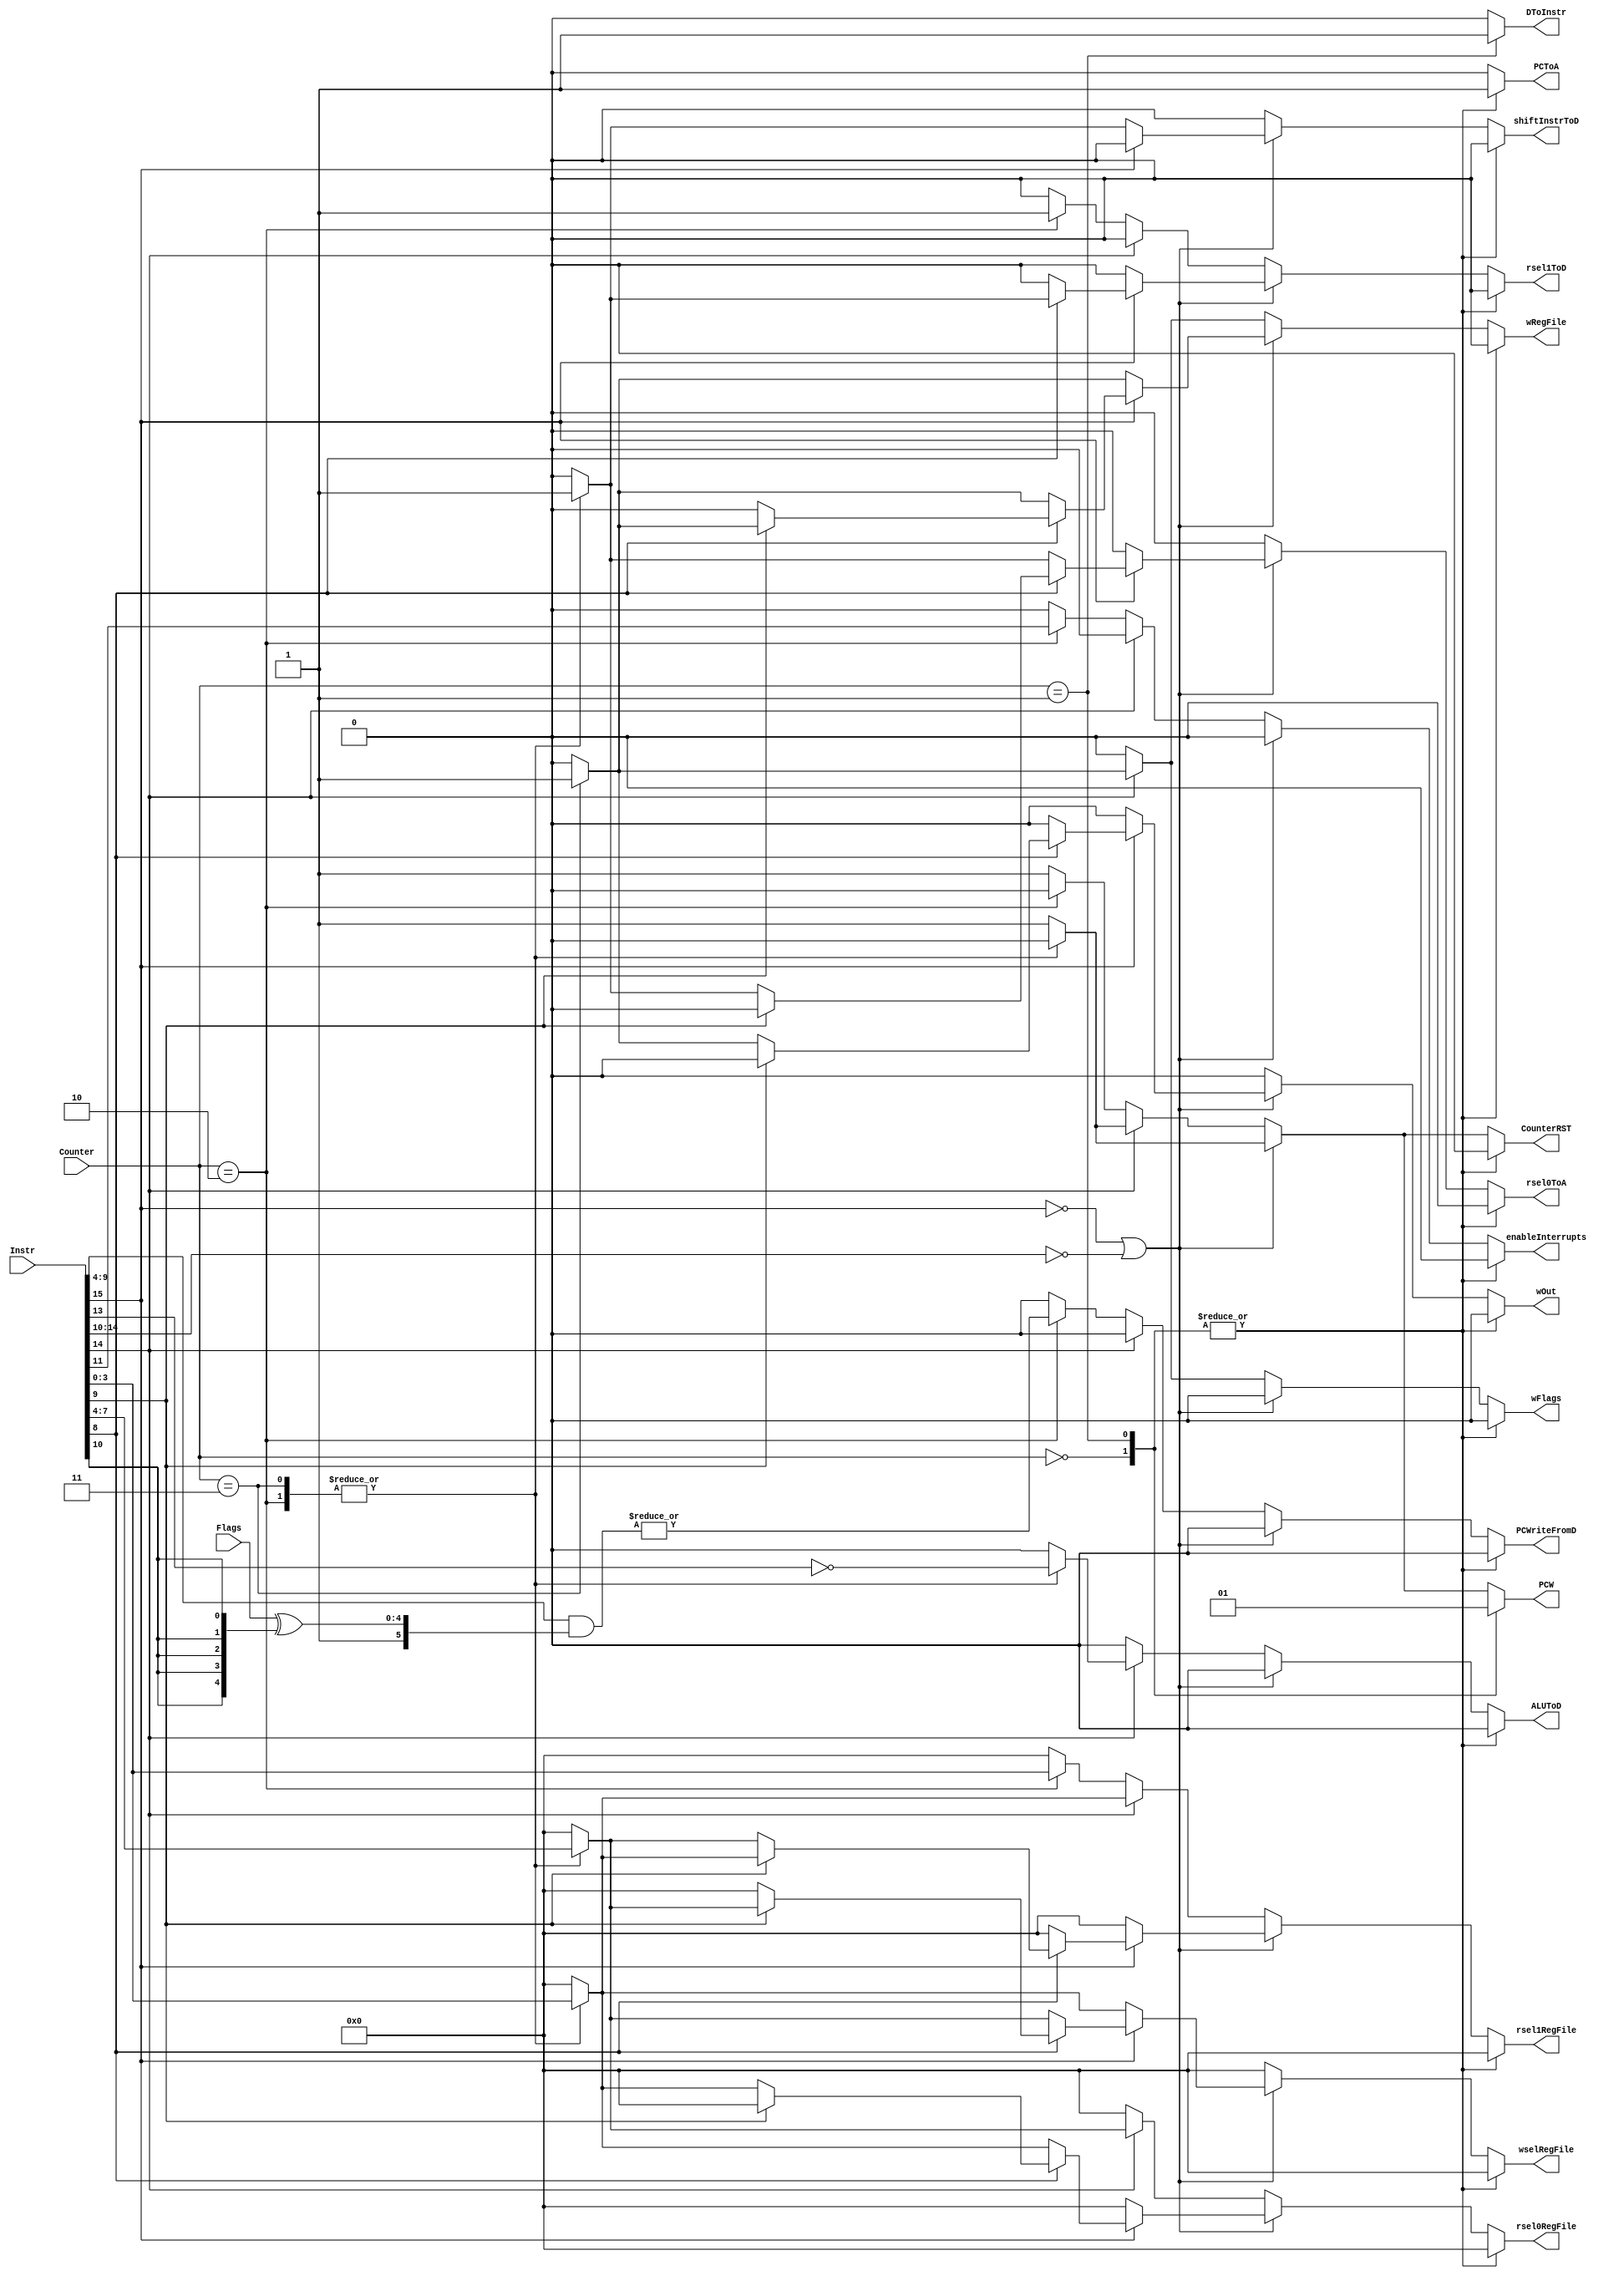
// Combinational logic for CPU microcode
module Microcode(input [3:0] Counter,
    input [15:0] Instr,
    input [4:0] Flags,
    output reg CounterRST,
    output reg PCToA,
    output reg PCW,
    output reg PCWriteFromD,
    output reg DToInstr,
    output reg ALUToD,
    output reg [3:0] rsel0RegFile,
    output reg [3:0] rsel1RegFile,
    output reg [3:0] wselRegFile,
    output reg wRegFile,
    output reg shiftInstrToD,
    output reg wFlags,
    output reg rsel0ToA,
    output reg rsel1ToD,
    output reg wOut,
    output reg enableInterrupts);
    
    always @(Counter, Instr) begin
        // Default output values to be overwritten
        CounterRST = 0;
        PCToA = 0;
        PCW = 0;
        PCWriteFromD = 0;
        DToInstr = 0;
        ALUToD = 0;
        rsel0RegFile[3:0] = 4'b0000;
        rsel1RegFile[3:0] = 4'b0000;
        wselRegFile[3:0] = 4'b0000;
        wRegFile = 0;
        shiftInstrToD = 0;
        wFlags = 0;
        rsel0ToA = 0;
        rsel1ToD = 0;
        wOut = 0;
        enableInterrupts = 0;

        case(Counter)
            4'h0: // Output PC to address line
                     PCToA = 1;

            4'h1: begin // Read data bus 0 to Instr
                     PCToA = 1;
                     DToInstr = 1;
                     PCW = 1;
                  end

            default: // Handle individual instructions
                     if (!Instr[15] || ~Instr[14:10])
                        memInstr();
                     else if (Instr[14] == 1)
                        arithCmpInstr();
                     else
                        branchInstr();
        endcase
    end

    task memInstr;
        begin
            if (!Instr[15]) begin  // LDVAL
                case(Counter)
                    4'h2: begin // Setup values to write
                             shiftInstrToD = 1;
                             wselRegFile[3:0] = Instr[3:0];
                          end

                    4'h3: begin // Perform write
                             shiftInstrToD = 1;
                             wselRegFile[3:0] = Instr[3:0];
                             wRegFile = 1;
                          end

                    default: begin
                                CounterRST = 1;
                                PCW = 1;
                             end
                endcase
            end else if(!Instr[8]) begin  // LDMEM
                case(Counter)
                    4'h2: begin // Setup values
                             rsel0RegFile[3:0] = Instr[3:0];
                             rsel0ToA = 1;
                             wselRegFile[3:0] = Instr[7:4];
                          end

                    4'h3: begin // Perform write
                             rsel0RegFile[3:0] = Instr[3:0];
                             rsel0ToA = 1;
                             wselRegFile[3:0] = Instr[7:4];
                             wRegFile = 1;
                          end

                     default: begin
                                CounterRST = 1;
                                PCW = 1;
                              end
                endcase
            end else if(!Instr[9]) begin  // STR
                case(Counter)
                    4'h2: begin // Setup values
                             rsel0RegFile[3:0] = Instr[3:0];
                             rsel0ToA = 1;
                             rsel1RegFile[3:0] = Instr[7:4];
                             rsel1ToD = 1;
                          end

                    4'h3: begin // Perform write
                             rsel0RegFile[3:0] = Instr[3:0];
                             rsel0ToA = 1;
                             rsel1RegFile[3:0] = Instr[7:4];
                             rsel1ToD = 1;
                             wOut = 1;
                           end

                    default: begin
                                CounterRST = 1;
                                PCW = 1;
                             end
                endcase
            end else begin  // MOV
                case(Counter)
                    4'h2: begin // Setup values
                             wselRegFile[3:0] = Instr[7:4];
                             rsel1RegFile[3:0] = Instr[3:0];
                             rsel1ToD = 1;
                          end

                    4'h3: begin // Perform write
                             wselRegFile[3:0] = Instr[7:4];
                             rsel1RegFile[3:0] = Instr[3:0];
                             rsel1ToD = 1;
                             wRegFile = 1;
                          end

                    default: begin
                                CounterRST = 1;
                                PCW = 1;
                             end
                endcase
            end
        end
    endtask

    task arithCmpInstr;
        begin
            case(Counter)
                4'h2: begin // Perform ALU calculation
                         rsel0RegFile[3:0] = Instr[7:4];
                         rsel1RegFile[3:0] = Instr[3:0];
                         ALUToD = ~Instr[13];
                      end
                         
                4'h3: begin // Save value to R0, write flags
                         rsel0RegFile[3:0] = Instr[7:4];
                         rsel1RegFile[3:0] = Instr[3:0];
                         ALUToD = ~Instr[13];
                         wRegFile = 1;
                         wFlags = 1;
                      end

                default: begin
                            CounterRST = 1;
                            PCW = 1;
                         end
            endcase
        end
    endtask

    task branchInstr;
        begin
            case(Counter)
                4'h2: begin // Setup branch
                         rsel1RegFile[3:0] = Instr[3:0];
                         rsel1ToD = 1;
                         enableInterrupts = Instr[11];
                         PCWriteFromD = |(Instr[9:4] & {1'b1, (Flags ^ {Instr[10], Instr[10], Instr[10], Instr[10], Instr[10]})});
                      end

                default: begin
                            CounterRST = 1;
                            PCW = 1;
                         end
            endcase
        end
    endtask
endmodule